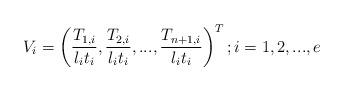
LaTeX: \begin{align*}V_{i}=\left( \dfrac{T_{1,i}}{l_{i}t_{i}},\dfrac{T_{2,i}}{l_{i}t_{i}},...,\dfrac{T_{n+1,i}}{l_{i}t_{i}}\right)^{T};i=1,2,...,e \end{align*}